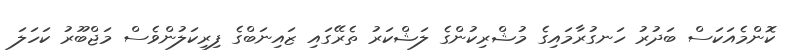
ކޮންމެއަކަސް ބަދުރު ހަނގުރާމައިގެ މުޝްރިކުންގެ ލަޝްކަރު ތެރޭގައި ޒައިނަބްގެ ފިރިކަލުންވެސް މަޖްބޫރު ކަހަލަ